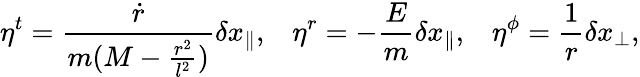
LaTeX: \eta^{t}=\frac{\dot{r}}{m(M-\frac{r^{2}}{l^{2}})}\delta x_{\parallel},\; \; \; \eta^{r}=-\frac{E}{m}\delta x_{\parallel},\; \; \; \eta^{\phi}=\frac{1}{r}\delta x_{\perp},